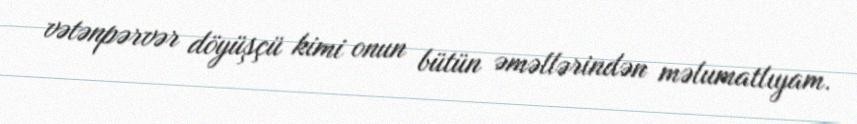
vətənpərvər döyüşçü kimi onun bütün əməllərindən məlumatlıyam.